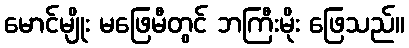
မောင်မျိုး မဖြေမီတွင် ဘကြီးမိုး ဖြေသည်။